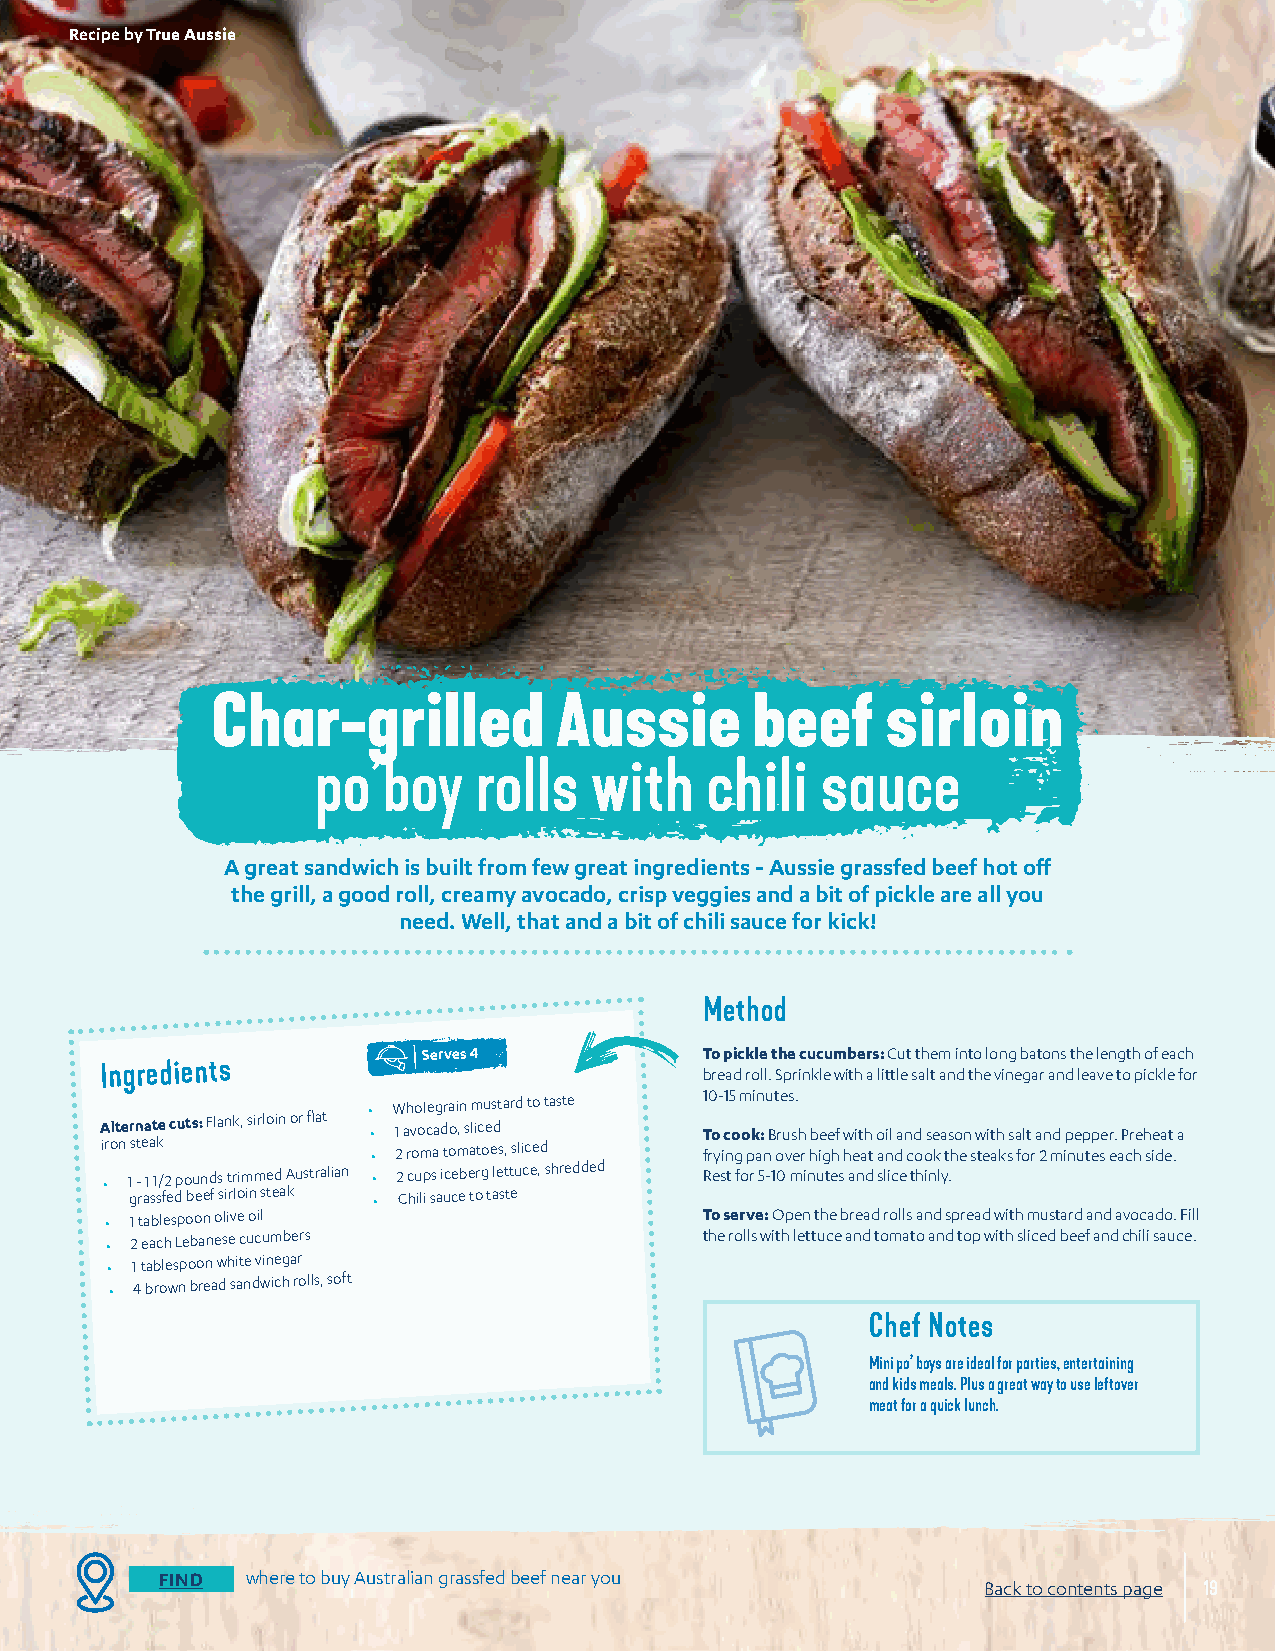
Recipe by True Aussie
 Char-grilled           Aussie       beef     sirloin
 po’boy    rolls   with    chili  sauce
 A great sandwich is built from few great ingredients - Aussie grassfed beef hot off
 the grill, a good roll, creamy avocado, crisp veggies and a bit of pickle are all you
 need. Well, that and a bit of chili sauce for kick!
 Method
 Serves 4           To pickle the cucumbers: Cut them into long batons the length of each
 Ingredients
 bread roll. Sprinkle with a little salt and the vinegar and leave to pickle for
 Alternate cuts: Flank, sirloin or flat • • W 1 ah vo ol ce ag dra oi ,n s lm icu es dtard to taste 1 T0 o- 1 c5 o m okin : u Bt re us s. h beef with oil and season with salt and pepper. Preheat a
 iron steak        • 2 roma tomatoes, sliced frying pan over high heat and cook the steaks for 2 minutes each side.
 • 1 - 1 1/2 pounds trimmed Australian • 2 cups iceberg lettuce, shredded Rest for 5-10 minutes and slice thinly.
 grassfed beef sirloin steak • Chili sauce to taste
 • 1 tablespoon olive oil                To serve: Open the bread rolls and spread with mustard and avocado. Fill
 • 2 each Lebanese cucumbers             the rolls with lettuce and tomato and top with sliced beef and chili sauce.
 • 1 tablespoon white vinegar
 • 4 brown bread sandwich rolls, soft
 Chef Notes
 Mini po’ boys are ideal for parties, entertaining
 and kids meals. Plus a great way to use leftover
 meat for a quick lunch.
 FIND where to buy Australian grassfed beef near you
 Back to contents page 19